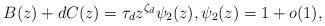
LaTeX: \begin{align*} B(z) +d C(z) = \tau_d z^{\zeta_d} \psi_2(z), \psi_2(z) = 1+o(1) ,\end{align*}